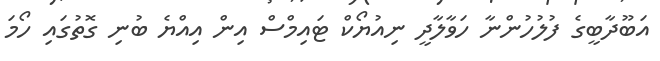
އަބޫދާބީގެ ފުލުހުންނާ ހަވާލާދީ ނިއުޔޯކް ޓައިމްސް އިން އިއްޔެ ބުނި ގޮތުގައި ހޯމަ